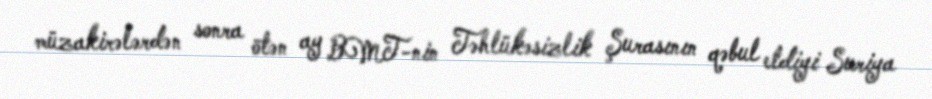
müzakirələrdən sonra ötən ay BMT-nin Təhlükəsizlik Şurasının qəbul etdiyi Suriya